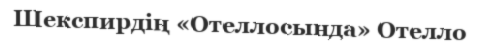
Шекспирдің «Отеллосында» Отелло